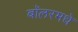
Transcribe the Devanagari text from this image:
बॉलरमधे